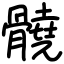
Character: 髐